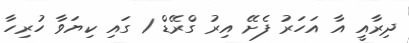
ދިރާއީ އާ އަހަރު ފެށޭ އިރު ގްރޭޑް 1 ގައި ކިޔަވާ ހުރިހާ